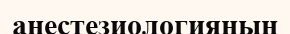
анестезиологияның